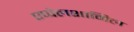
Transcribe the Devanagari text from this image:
एप्पेलशामिल